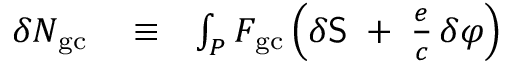
\begin{array} { r l r } { \delta { \cal N } _ { \mathrm { g c } } } & { { } \equiv } & { \int _ { P } F _ { \mathrm { g c } } \left( \delta { \sf S } \; + \; \frac { e } { c } \, \delta \varphi \right) } \end{array}